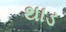
થાડ